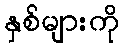
နှစ်များကို